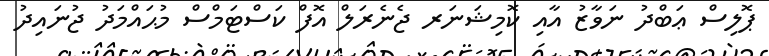
ޕޮލިސް ޢަބްދު ނަވާޒު އާއި ކޮމިޝަނަރ ޖެނެރަލް އޮފް ކަސްޓަމްސް މުޙައްމަދު ޖުނައިދު